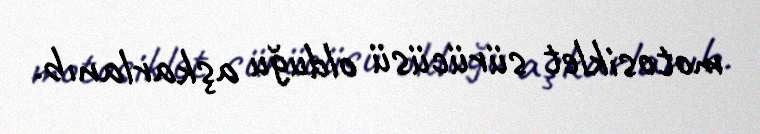
motosiklet sürücüsü olduğu aşkarlanıb.